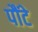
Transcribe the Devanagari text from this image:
पौंटे